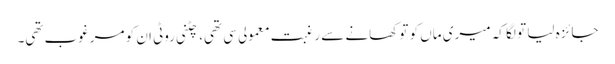
جائزہ لیا تو لگا کہ میری ماں کو تو کھانے سے رغبت معمولی سی تھی، چٹنی روٹی ان کو مرغوب تھی۔